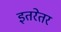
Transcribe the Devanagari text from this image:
इतरेतर